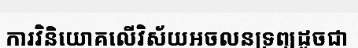
ការវិនិយោគលើវិស័យអចលនទ្រព្យដូចជា